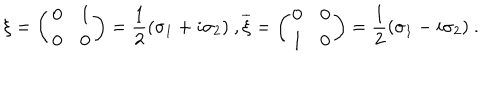
LaTeX: \xi = \left( \begin{array} { c c } { { 0 } } & { { 1 } } \\ { { 0 } } & { { 0 } } \\ \end{array} \right) = \frac { 1 } { 2 } ( \sigma _ { 1 } + i \sigma _ { 2 } ) \ , \overline { { { \xi } } } = \left( \begin{array} { c c } { { 0 } } & { { 0 } } \\ { { 1 } } & { { 0 } } \\ \end{array} \right) = \frac { 1 } { 2 } ( \sigma _ { 1 } - i \sigma _ { 2 } ) \ .